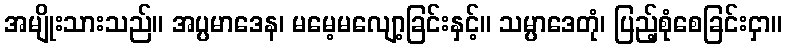
အမျိုးသားသည်။ အပ္ပမာဒေန၊ မမေ့မလျော့ခြင်းနှင့်။ သမ္ပာဒေတုံ၊ ပြည့်စုံစေခြင်းငှာ။